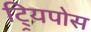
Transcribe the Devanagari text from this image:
ट्र्यिपोस